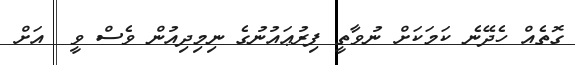
ގޮތެއް ހެދޭނެ ކަމަކަށް ނުވާތީ ފިރުޢައުނުގެ ނިމިދިއުން ވެސް ވީ  އަށް